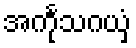
အင်္ကုသဂယှံ